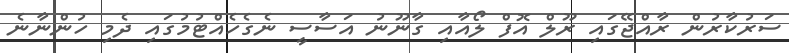
ސަރުކާރުން ރާއްޖޭގައި ރޫލް އޮފް ލޯއާއި ގާނޫނު އަސާސީ ނެގެހެއްޓުމުގައި ދެމި ހުންނާނެ